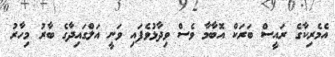
އެމެރިކާގެ ރައީސް ބަރަކް އޮބާމާ ވެސް ވިދާޅުވެފައި ވަނީ އަލްގައިދާގެ ބާރު މިހާރު